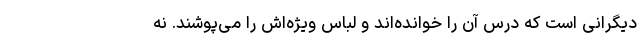
دیگرانی است که درس آن را خوانده‌اند و لباس ویژه‌اش را می‌پوشند. نه